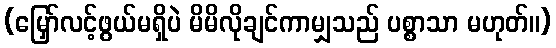
(မြှော်လင့်ဖွယ်မရှိပဲ မိမိလိုချင်ကာမျှသည် ပစ္စာသာ မဟုတ်။)